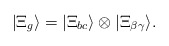
\begin{align*}|\Xi_g\rangle =|\Xi_{bc} \rangle \otimes |\Xi_{\beta\gamma} \rangle.\end{align*}